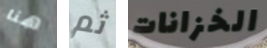
هنا ثم الخزانات